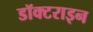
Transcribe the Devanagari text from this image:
डॉक्टराइन